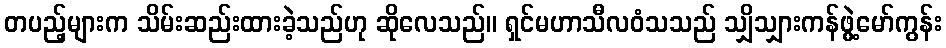
တပည့်များက သိမ်းဆည်းထားခဲ့သည်ဟု ဆိုလေသည်။ ရှင်မဟာသီလဝံသသည် သျှိသျှားကန်ဖွဲ့မော်ကွန်း